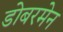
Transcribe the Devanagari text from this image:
डोबरमेन